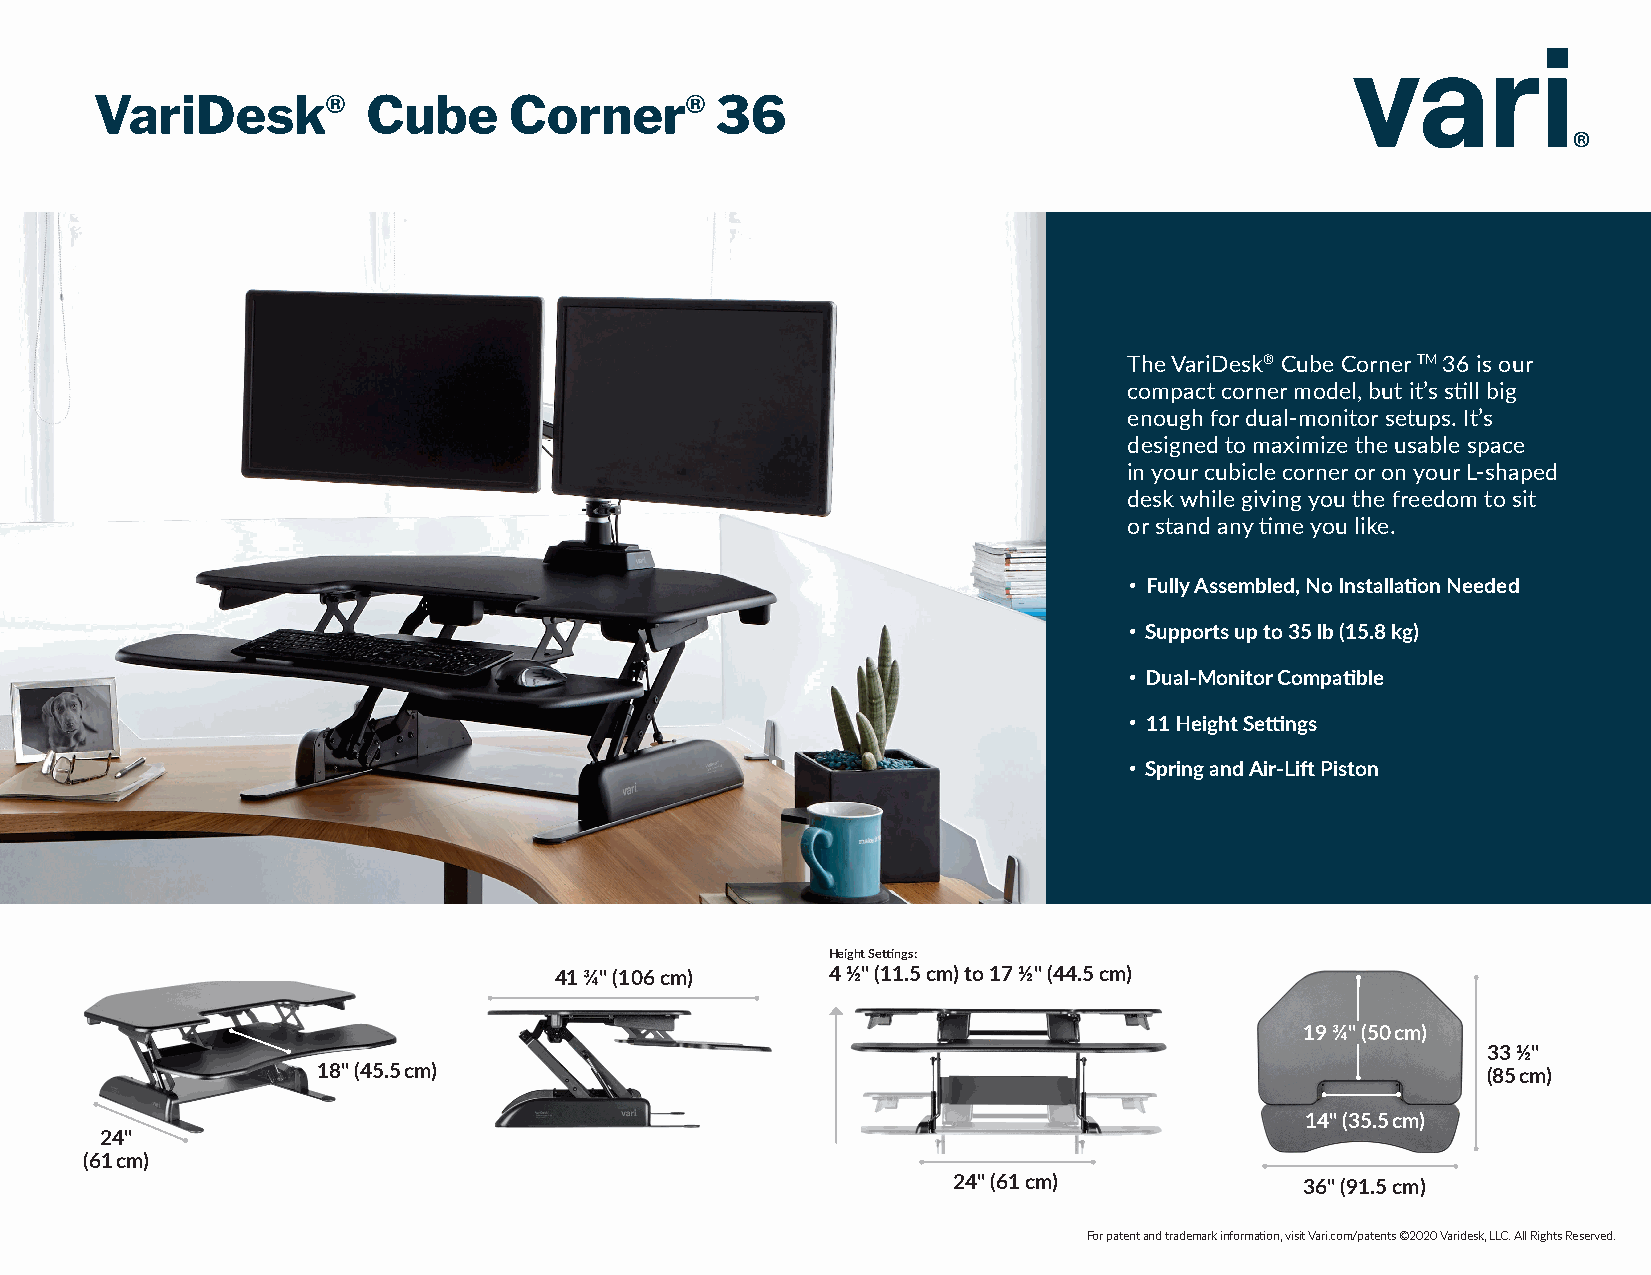
VariDesk®         Cube      Corner®      36
 The VariDesk® Cube Corner TM 36 is our
 compact corner model, but it’s still big
 enough for dual-monitor setups. It’s
 designed to maximize the usable space
 in your cubicle corner or on your L-shaped
 desk while giving you the freedom to sit
 or stand any time you like.
 • Fully Assembled, No Installation Needed
 • Supports up to 35 lb (15.8 kg)
 • Dual-Monitor Compatible
 • 11 Height Settings
 • Spring and Air-Lift Piston
 Height Settings:
 41 ¾" (106 cm)    4 ½" (11.5 cm) to 17 ½" (44.5 cm)
 19 ¾" (50 cm)
 33 ½"
 18" (45.5 cm)                                                                (85 cm)
 14" (35.5 cm)
 24"
 (61 cm)
 24" (61 cm)            36" (91.5 cm)
 For patent and trademark information, visit Vari.com/patents ©2020 Varidesk, LLC. All Rights Reserved.